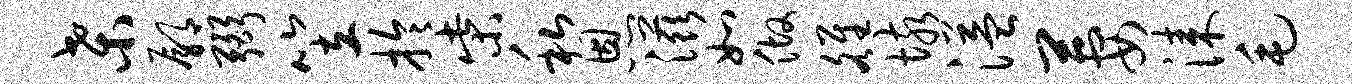
桑鄢弼笠拎柴私恩滋如做雒垓溢萋漆毛